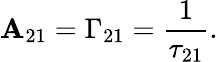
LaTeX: \mathbf{A}_{21}=\Gamma_{21}={\frac{{1}}{{\tau_{21}}}}.